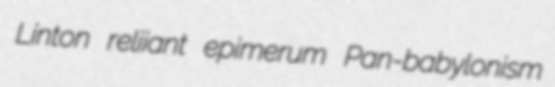
Linton reliiant epimerum Pan-babylonism